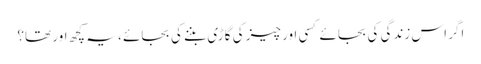
اگر اس زندگی کی بجائے کسی اور چیز کی گاڑی بننے کی بجائے ، یہ کچھ اور تھا؟